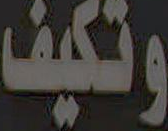
وتكيف